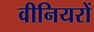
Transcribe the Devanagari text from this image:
वीनियरों